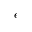
\epsilon